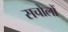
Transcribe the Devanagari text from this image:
सचोलों